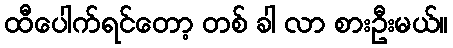
ထီပေါက်ရင်တော့ တစ် ခါ လာ စားဦးမယ်။